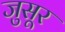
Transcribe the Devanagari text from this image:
जुसूर